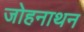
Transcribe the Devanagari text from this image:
जोहनाथन